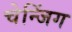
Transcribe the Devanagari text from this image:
चेन्जिंग